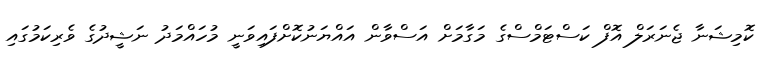
ކޮމިޝަނާ ޖެނަރަލް އޮފް ކަސްޓަމްސްގެ މަގާމަށް އަސްވާން އައްޔަނުކޮށްފައިވަނީ މުހައްމަދު ނަޝީދުގެ ވެރިކަމުގައި